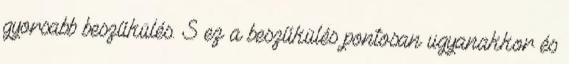
gyorsabb beszűkülés. S ez a beszűkülés pontosan ugyanakkor és